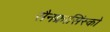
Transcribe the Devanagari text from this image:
सैनफ्रासिंस्को